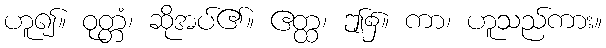
ဟူ၍။ ဝုတ္တံ၊ ဆိုအပ်၏။ ဧတ္ထ၊ ဤ၌။ ကာ၊ ဟူသည်ကား။